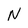
Character: n